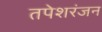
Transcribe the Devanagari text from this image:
तपेशरंजन